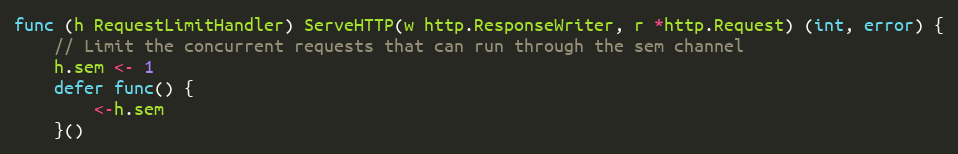
Language: Go
func (h RequestLimitHandler) ServeHTTP(w http.ResponseWriter, r *http.Request) (int, error) {
	// Limit the concurrent requests that can run through the sem channel
	h.sem <- 1
	defer func() {
		<-h.sem
	}()